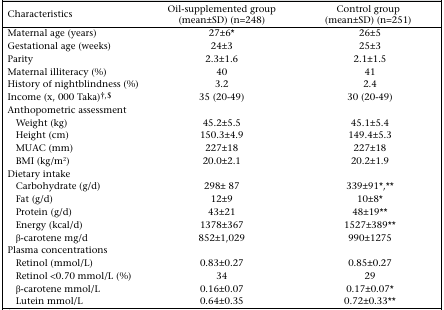
<table><thead><tr><td><b>Characteristics</b></td><td><b>Oil-supplemented group (mean±SD) (n=248)</b></td><td><b>Control group (mean±SD) (n=251)</b></td></tr></thead><tbody><tr><td>Maternal age (years)</td><td>27±6*</td><td>26±5</td></tr><tr><td>Gestational age (weeks)</td><td>24±3</td><td>25±3</td></tr><tr><td>Parity</td><td>2.3±1.6</td><td>2.1±1.5</td></tr><tr><td>Maternal illiteracy (%)</td><td>40</td><td>41</td></tr><tr><td>History of nightblindness (%)</td><td>3.2</td><td>2.4</td></tr><tr><td>Income (x, 000 Taka)†,$</td><td>35 (20–49)</td><td>30 (20–49)</td></tr><tr><td>Anthopometric assessment</td><td></td><td></td></tr><tr><td>Weight (kg)</td><td>45.2±5.5</td><td>45.1±5.4</td></tr><tr><td>Height (cm)</td><td>150.3±4.9</td><td>149.4±5.3</td></tr><tr><td>MUAC (mm)</td><td>227±18</td><td>227±18</td></tr><tr><td>BMI (kg/m<sup>2</sup>)</td><td>20.0±2.1</td><td>20.2±1.9</td></tr><tr><td>Dietary intake</td><td></td><td></td></tr><tr><td>Carbohydrate (g/d)</td><td>298± 87</td><td>339±91*,**</td></tr><tr><td>Fat (g/d)</td><td>12±9</td><td>10±8*</td></tr><tr><td>Protein (g/d)</td><td>43±21</td><td>48±19**</td></tr><tr><td>Energy (kcal/d)</td><td>1378±367</td><td>1527±389**</td></tr><tr><td>β-carotene mg/d</td><td>852±1,029</td><td>990±1275</td></tr><tr><td>Plasma concentrations</td><td></td><td></td></tr><tr><td>Retinol (mmol/L)</td><td>0.83±0.27</td><td>0.85±0.27</td></tr><tr><td>Retinol &lt;0.70 mmol/L (%)</td><td>34</td><td>29</td></tr><tr><td>β-carotene mmol/L</td><td>0.16±0.07</td><td>0.17±0.07*</td></tr><tr><td>Lutein mmol/L</td><td>0.64±0.35</td><td>0.72±0.33**</td></tr></tbody></table>